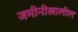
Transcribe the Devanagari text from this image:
जमीनीखालील